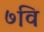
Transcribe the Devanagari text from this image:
७वि